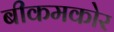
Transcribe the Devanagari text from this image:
बीकमकोर